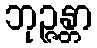
ဘုဉ္ဇန္တာ